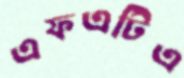
এফএটিএ